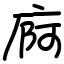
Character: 㢌